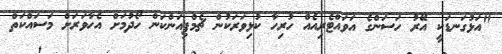
"އަޅުގަނޑަކީ އޭރު ހަސަންގެ އަވައްޓެރިއެއް ހުރިހާ ކުޅިވަރަކުން ޗެމްޕިއަންކަން ހޯދުމަށް އެހާވަރަށް މަސައްކަތް